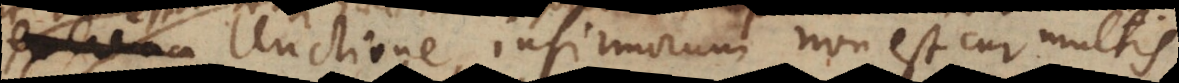
De Unctione infirmorum non est cur multis